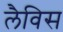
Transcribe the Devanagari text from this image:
लैविस